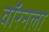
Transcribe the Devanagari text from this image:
वॉरनला